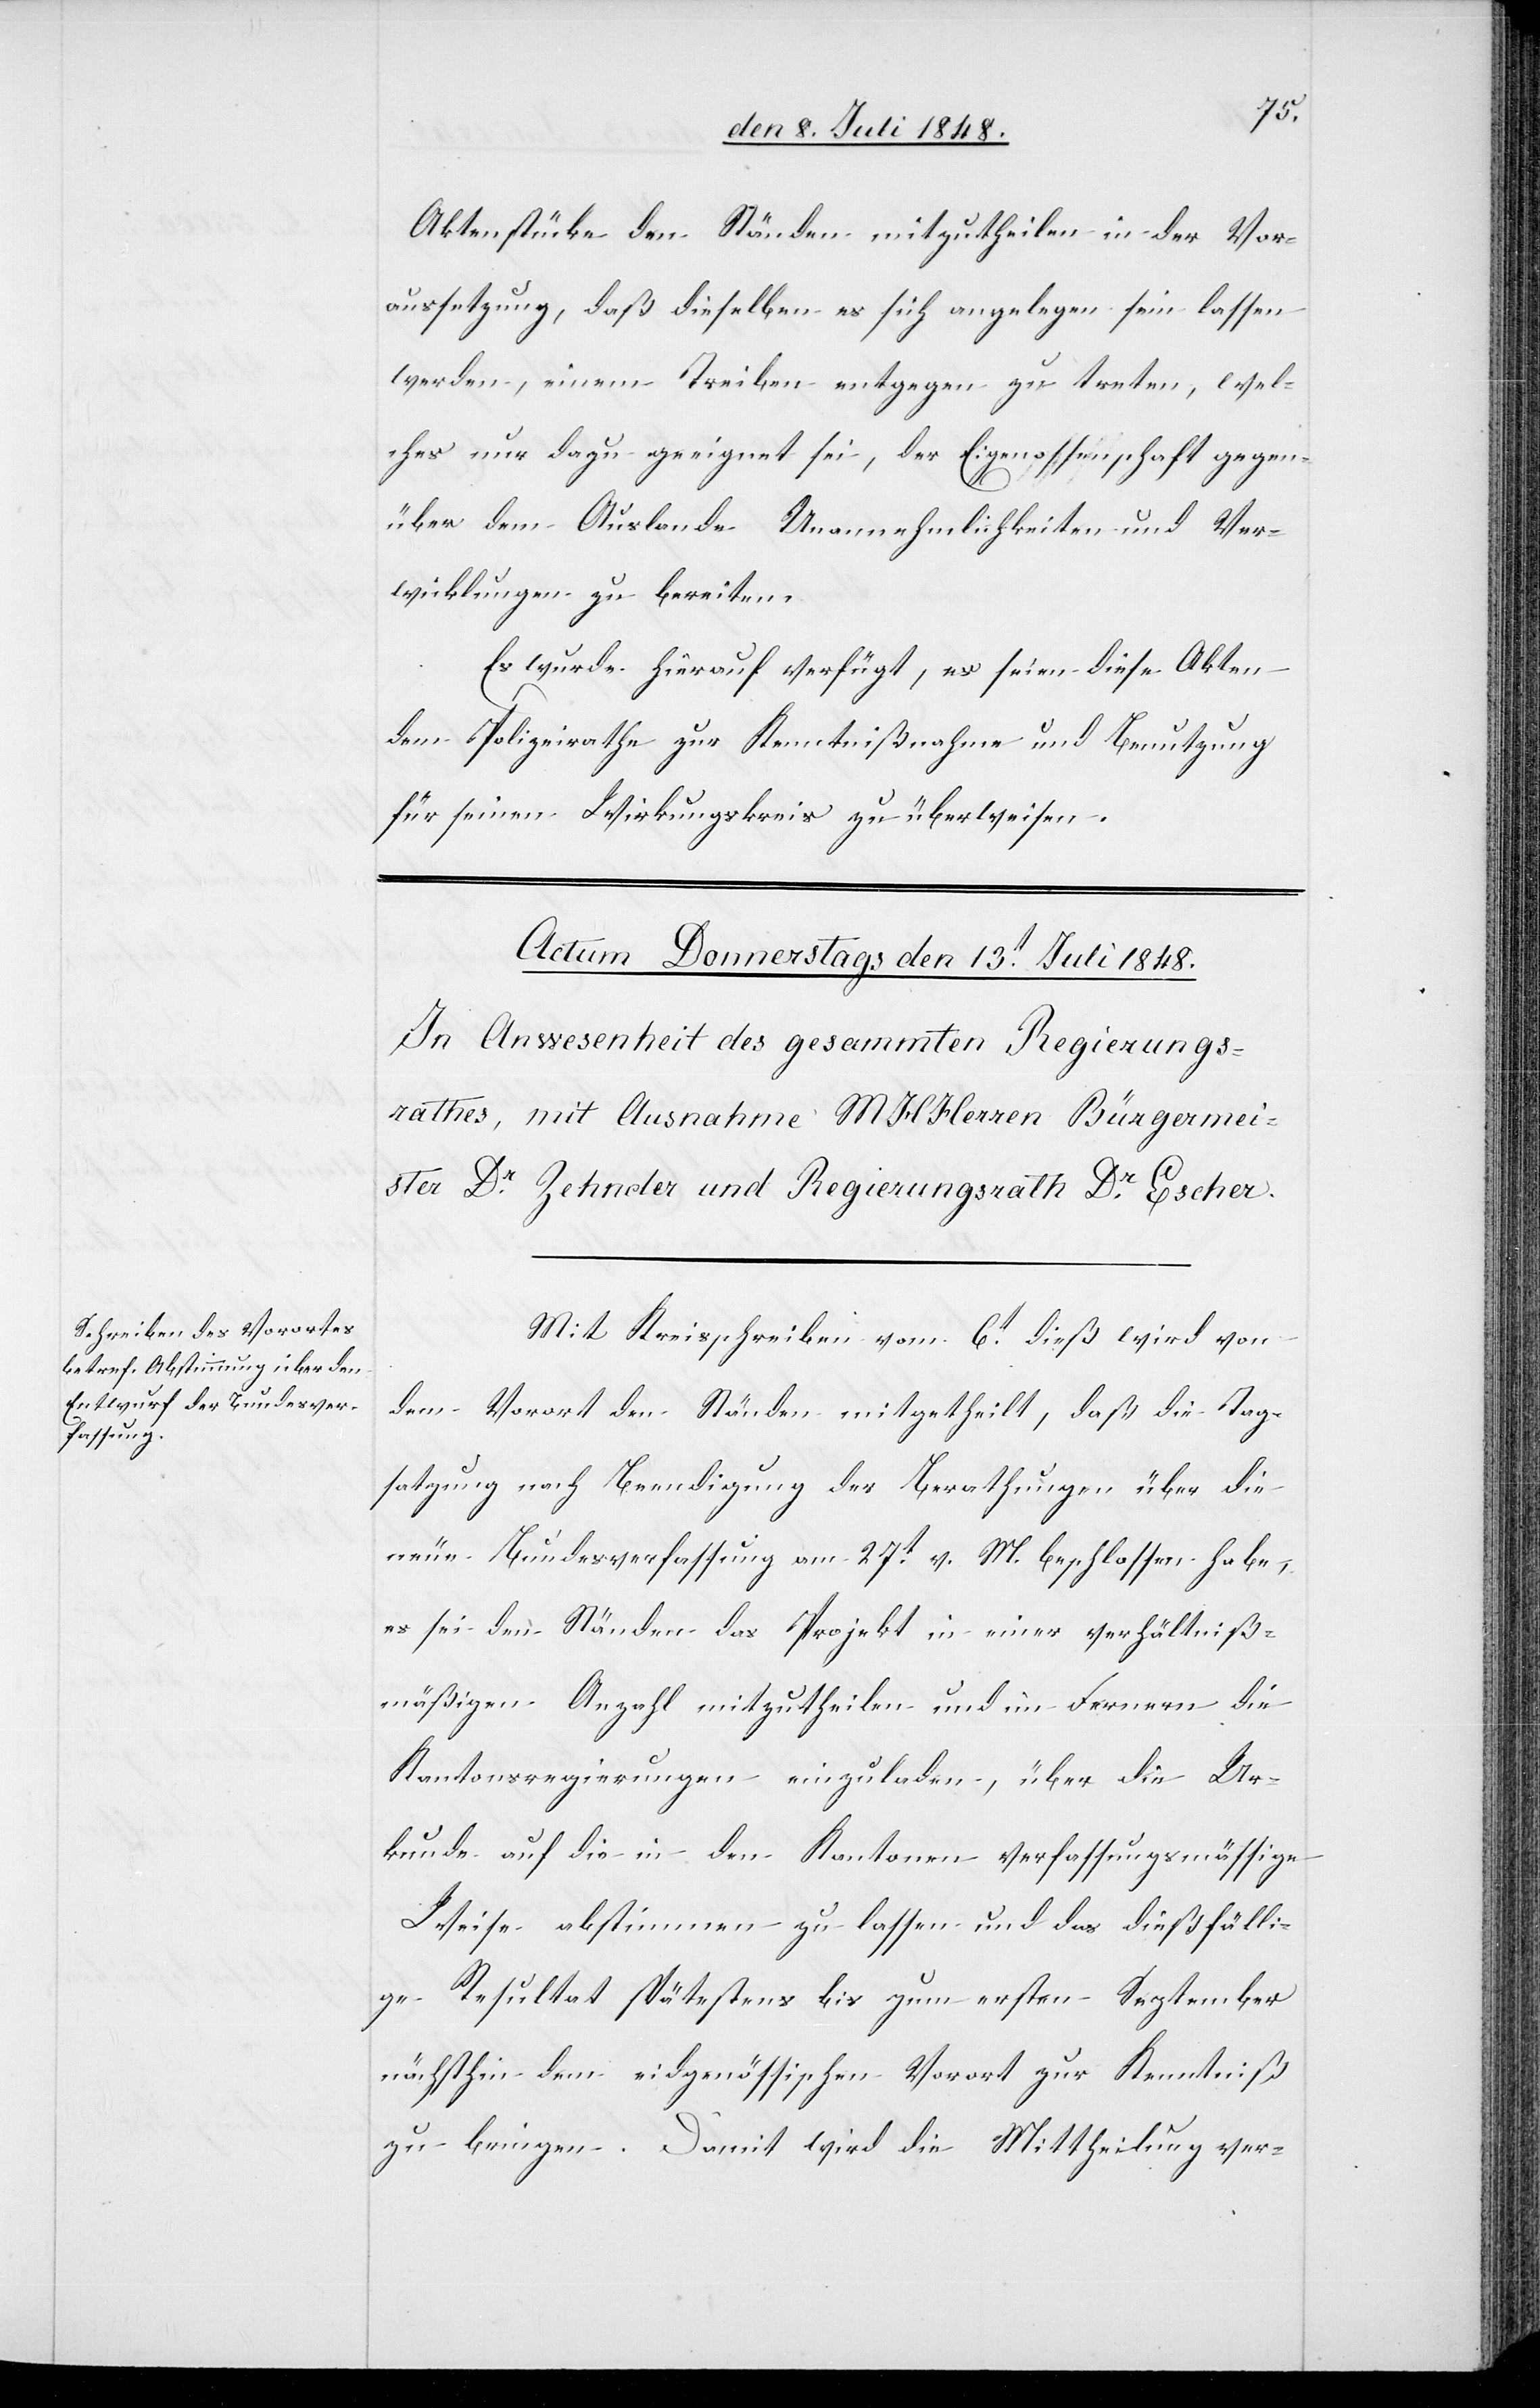
Aktenstücke den Ständen mitzutheilen in der Vor¬
aussetzung, daß dieselben es sich angelegen sein lassen
werden, einem Treiben entgegen zu treten, wel¬
ches nur dazu geeignet sei, der Eidgenossenschaft gegen¬
über dem Auslande Unannehmlichkeiten und Ver¬
wicklungen zu bereiten.
Es wurde hierauf verfügt, es seien diese Akten
dem Polizeirathe zur Kenntnißnahme und Benutzung
für seinen Wirkungskreis zu überweisen.
Mit Kreisschreiben vom 6t dieß wird von
dem Vorort den Ständen mitgetheilt, daß die Tag¬
satzung nach Beendigung der Berathungen über die
neue Bundesverfassung am 27t v. M. beschlossen habe,
es sei den Ständen das Projekt in einer verhältniß¬
mäßigen Anzahl mitzutheilen und im Fernern die
Kantonsregierungen einzuladen, über die Ur¬
kunde auf die in den Kantonen verfassungsmässige
Weise abstimmen zu lassen und das dießfälli¬
ge Resultat spätestens bis zum ersten September
nächsthin dem eidgenössischen Vorort zur Kenntniß
zu bringen. Damit wird die Mittheilung ver-